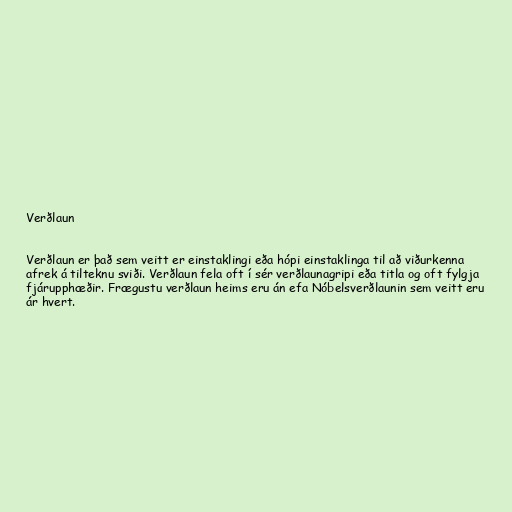
Verðlaun

Verðlaun er það sem veitt er einstaklingi eða hópi einstaklinga til að viðurkenna
afrek á tilteknu sviði. Verðlaun fela oft í sér verðlaunagripi eða titla og oft fylgja
fjárupphæðir. Frægustu verðlaun heims eru án efa Nóbelsverðlaunin sem veitt eru
ár hvert.